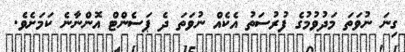
ގިނަ ނުވަތަ މަދުވުމުގެ ފުރުސަތު އެކެއް ނުވަތަ ދެ ޕަސެންޓް އޮންނާނެ ކަމަށެވެ.